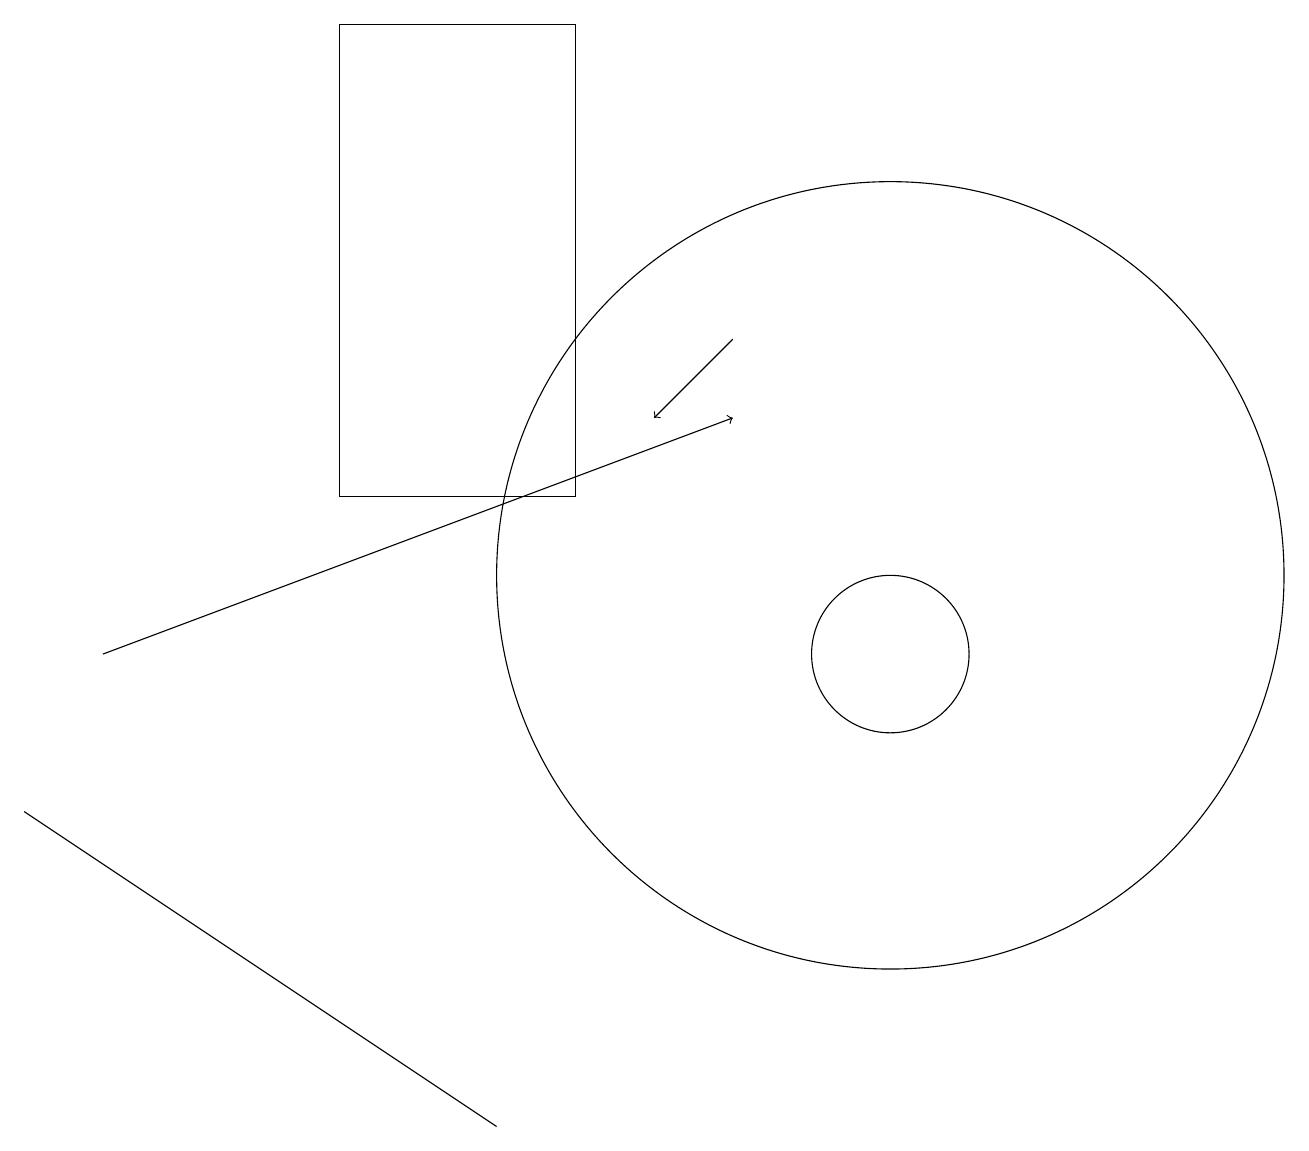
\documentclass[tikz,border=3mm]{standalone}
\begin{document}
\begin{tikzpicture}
\draw (11,10) circle (1);
\draw[->] (9,14) -- (8,13);
\draw (7,18) rectangle (4,12);
\draw (0,8) -- (6,4) -- (3,6) -- cycle;
\draw[->] (1,10) -- (9,13);
\draw (11,10) circle (0);
\draw (11,11) circle (5);
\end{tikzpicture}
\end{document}